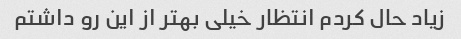
زیاد حال کردم انتظار خیلی بهتر از این رو داشتم